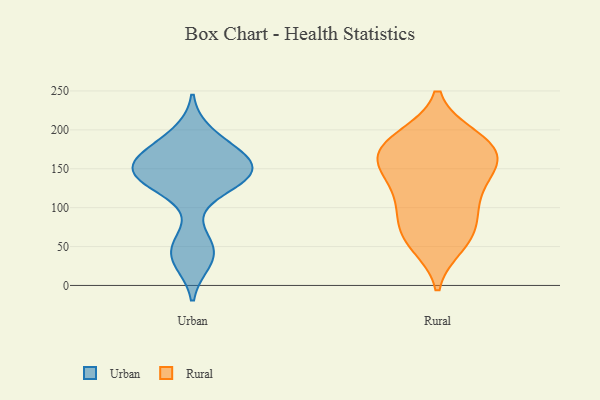
{"axis": {"x": "Revenue (USD Million)", "y": "Value"}, "legend": ["Rural", "Urban"], "data": [{"x": "", "y": 163, "type": "Urban"}, {"x": "", "y": 194, "type": "Urban"}, {"x": "", "y": 130, "type": "Urban"}, {"x": "", "y": 172, "type": "Urban"}, {"x": "", "y": 146, "type": "Urban"}, {"x": "", "y": 52, "type": "Urban"}, {"x": "", "y": 138, "type": "Urban"}, {"x": "", "y": 141, "type": "Urban"}, {"x": "", "y": 140, "type": "Urban"}, {"x": "", "y": 151, "type": "Urban"}, {"x": "", "y": 171, "type": "Urban"}, {"x": "", "y": 42, "type": "Urban"}, {"x": "", "y": 32, "type": "Urban"}, {"x": "", "y": 185, "type": "Rural"}, {"x": "", "y": 157, "type": "Rural"}, {"x": "", "y": 138, "type": "Rural"}, {"x": "", "y": 57, "type": "Rural"}, {"x": "", "y": 191, "type": "Rural"}, {"x": "", "y": 104, "type": "Rural"}, {"x": "", "y": 102, "type": "Rural"}, {"x": "", "y": 52, "type": "Rural"}, {"x": "", "y": 144, "type": "Rural"}, {"x": "", "y": 70, "type": "Rural"}, {"x": "", "y": 171, "type": "Rural"}, {"x": "", "y": 107, "type": "Rural"}, {"x": "", "y": 191, "type": "Rural"}, {"x": "", "y": 162, "type": "Rural"}, {"x": "", "y": 69, "type": "Rural"}, {"x": "", "y": 176, "type": "Rural"}, {"x": "", "y": 153, "type": "Rural"}]}